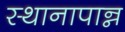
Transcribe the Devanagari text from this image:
स्थानापान्न